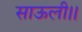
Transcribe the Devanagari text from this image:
साऊली।।